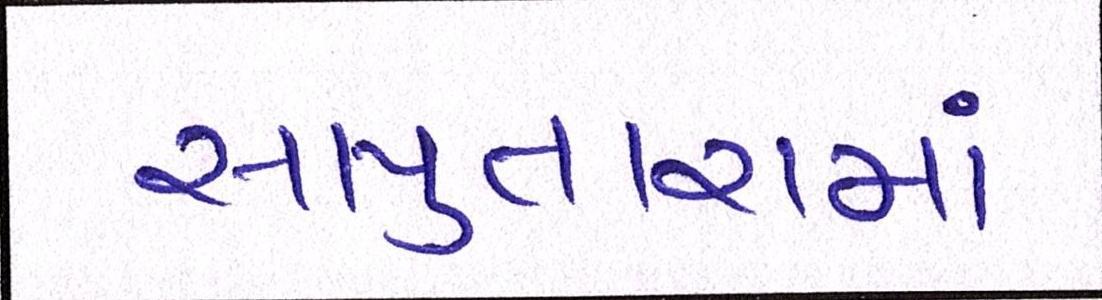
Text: સાપુતારામાં